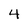
Character: 4